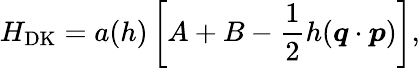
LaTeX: H_{\mathrm{DK}}=a(h)\left[A+B-\frac 12h(\boldsymbol{q}\cdot\boldsymbol{p})\right],